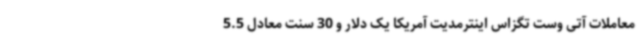
معاملات آتی وست تگزاس اینترمدیت آمریکا یک دلار و 30 سنت معادل 5.5